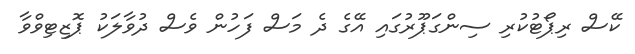
ކޭސް ރިޕޯޓުކުރި ސިންގަޕޫރުގައި އޭގެ ދެ މަސް ފަހުން ވެސް ދުވާލަކު ޕޮޒިޓިވްވާ